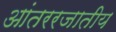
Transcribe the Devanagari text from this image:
आंतररजातीय